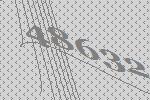
48632